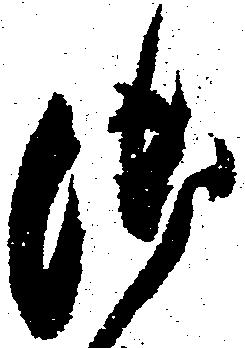
御